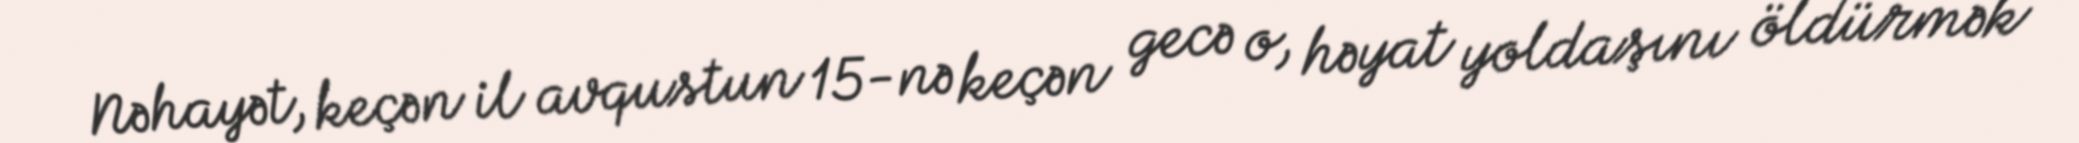
Nəhayət, keçən il avqustun 15-nə keçən gecə o, həyat yoldaşını öldürmək